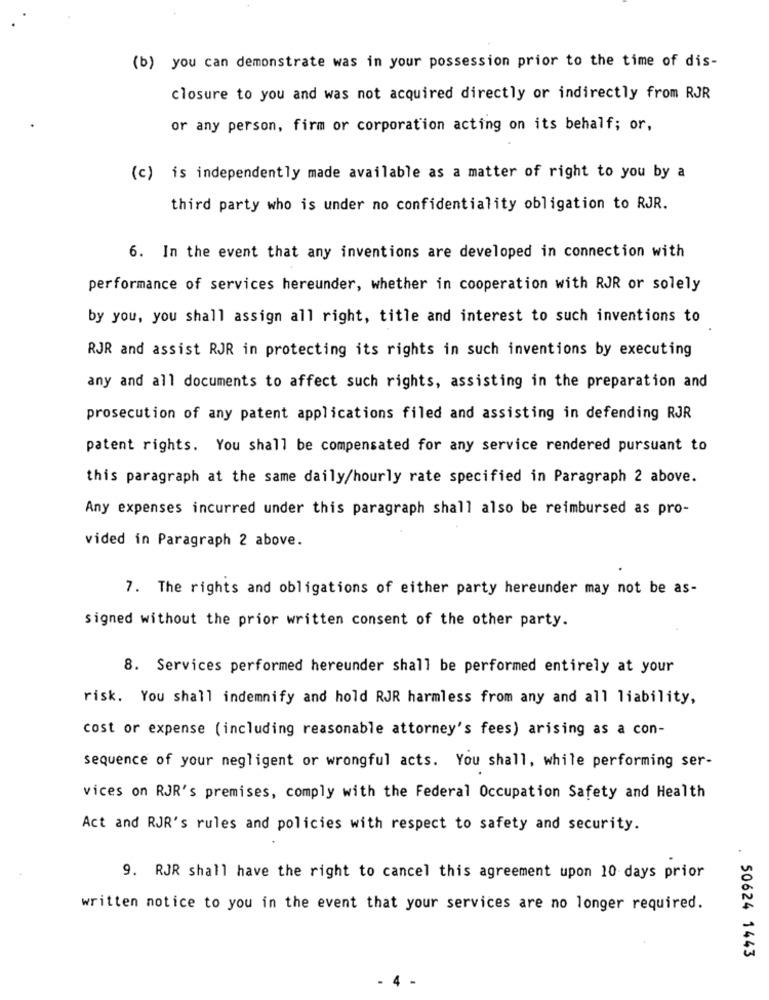
(b) you can demonstrate was in your possession prior to the time of dis-
closure to you and was not acquired directly or indirectly from RJR
or any person, firm or corporation acting on its behalf; or,
(c) is independently made available as a matter of right to you by a
third party who is under no confidentiality obligation to RJR.
6. In the event that any inventions are developed in connection with
performance of services hereunder, whether in cooperation with RJR or solely
by you, you shall assign all right, title and interest to such inventions to
RJR and assist RJR in protecting its rights in such inventions by executing
any and all documents to affect such rights, assisting in the preparation and
prosecution of any patent applications filed and assisting in defending RJR
patent rights. You shall be compensated for any service rendered pursuant to
this paragraph at the same daily/hourly rate specified in Paragraph 2 above.
Any expenses incurred under this paragraph shall also be reimbursed as pro-
vided in Paragraph 2 above.
7. The rights and obligations of either party hereunder may not be as-
signed without the prior written consent of the other party.
8. Services performed hereunder shall be performed entirely at your
risk. You shall indemnify and hold RJR harmless from any and all liability,
cost or expense (including reasonable attorney's fees) arising as a con-
sequence of your negligent or wrongful acts. You shall, while performing ser-
vices on RJR's premises, comply with the Federal Occupation Safety and Health
Act and RJR's rules and policies with respect to safety and security.
9. RJR shall have the right to cancel this agreement upon 10 days prior
written notice to you in the event that your services are no longer required.
. 50624 1443